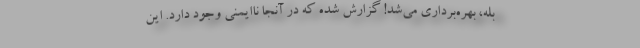
بله، بهره‌برداری می‌شد! ‌گزارش شده که در آنجا ناایمنی وجود دارد. این